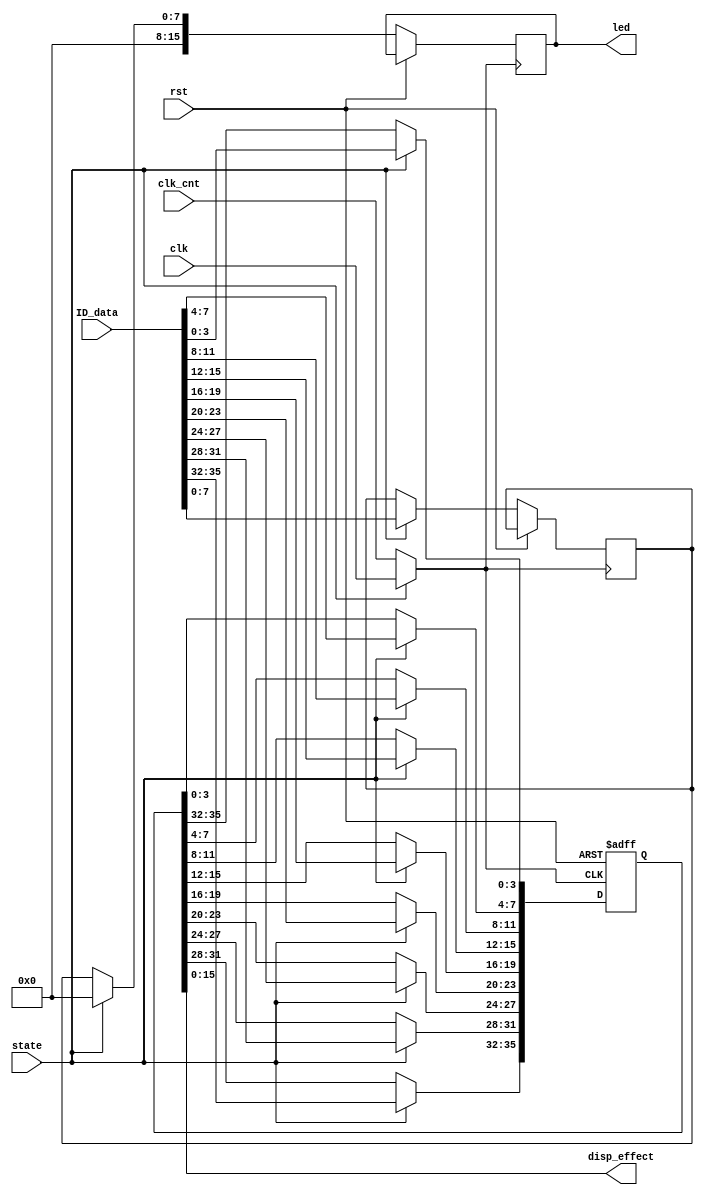
`timescale 1ns / 1ps
//////////////////////////////////////////////////////////////////////////////////
// Company: 
// Engineer: 
// 
// Design Name: 
// Module Name:    display_effect 
// Project Name: 
// Target Devices: 
// Tool versions: 
// Description: 
//
// Dependencies: 
//
// Revision: 
// Revision 0.01 - File Created
// Additional Comments: 
//
//////////////////////////////////////////////////////////////////////////////////
module display_effect(
	clk,
	clk_cnt,
	rst,
	state,
	ID_data,
	disp_effect,
	led
);

	input clk;
	input clk_cnt;
	reg clk_use;
	input rst;
	input state;
	input [35:0] ID_data;
	reg [35:0] ID_display;
	output [15:0] disp_effect;
	output reg [15:0] led;
	reg [3:0] temp;
	reg [7:0] led_data;

	always @*
	begin
		if (state)
		begin
			clk_use = clk;
		end
		else
		begin
			clk_use = clk_cnt;
		end
	end

	always @(posedge clk_use or posedge rst) begin
		if (rst) begin
			ID_display <= 36'd0;
		end
		else if(state)
		begin
			ID_display <= ID_data;
			led_data <= ID_data[7:0];
			led[7:0] = 8'b0000_0000;
			led[15:8] = 8'b0000_0000;
		end
		else if(~state)
		begin
			temp <= ID_display[35:32];
			ID_display[35:32] <= ID_display[31:28];
			ID_display[31:28] <= ID_display[27:24];
			ID_display[27:24] <= ID_display[23:20];
			ID_display[23:20] <= ID_display[19:16];
			ID_display[19:16] <= ID_display[15:12];
			ID_display[15:12] <= ID_display[11:8];
			ID_display[11:8] <= ID_display[7:4];
			ID_display[7:4] <= ID_display[3:0];
			ID_display[3:0] <= ID_display[35:32];
			led[7:0] = led_data;
			led[15:8] = 8'b0000_0000;
		end
	end

	assign disp_effect = ID_display[15:0];
endmodule